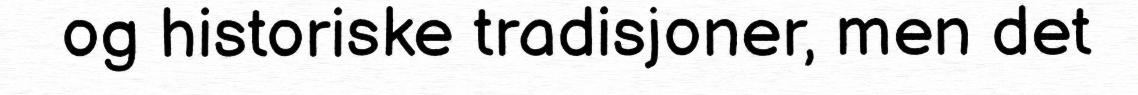
og historiske tradisjoner, men det